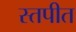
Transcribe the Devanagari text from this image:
स्तपीत